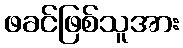
ဖခင်ဖြစ်သူအား